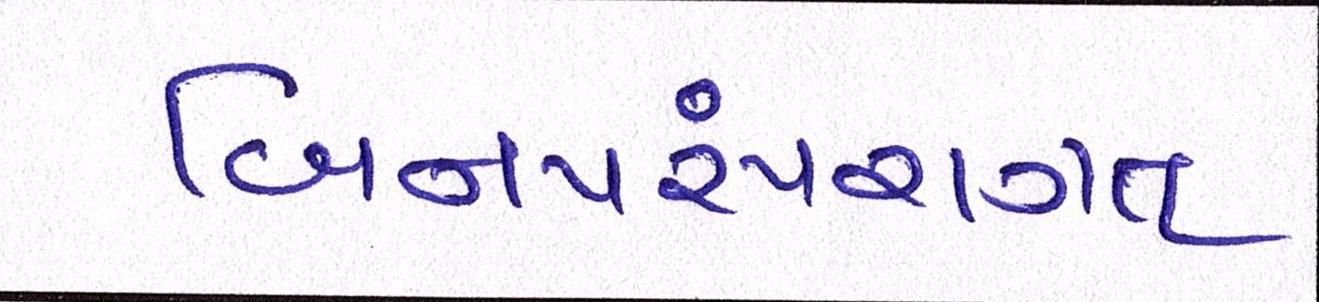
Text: બિનપરંપરાગત